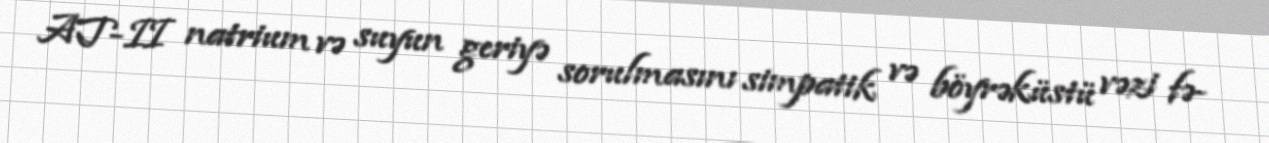
AT-II natrium və suyun geriyə sorulmasını simpatik və böyrəküstü vəzi fə-